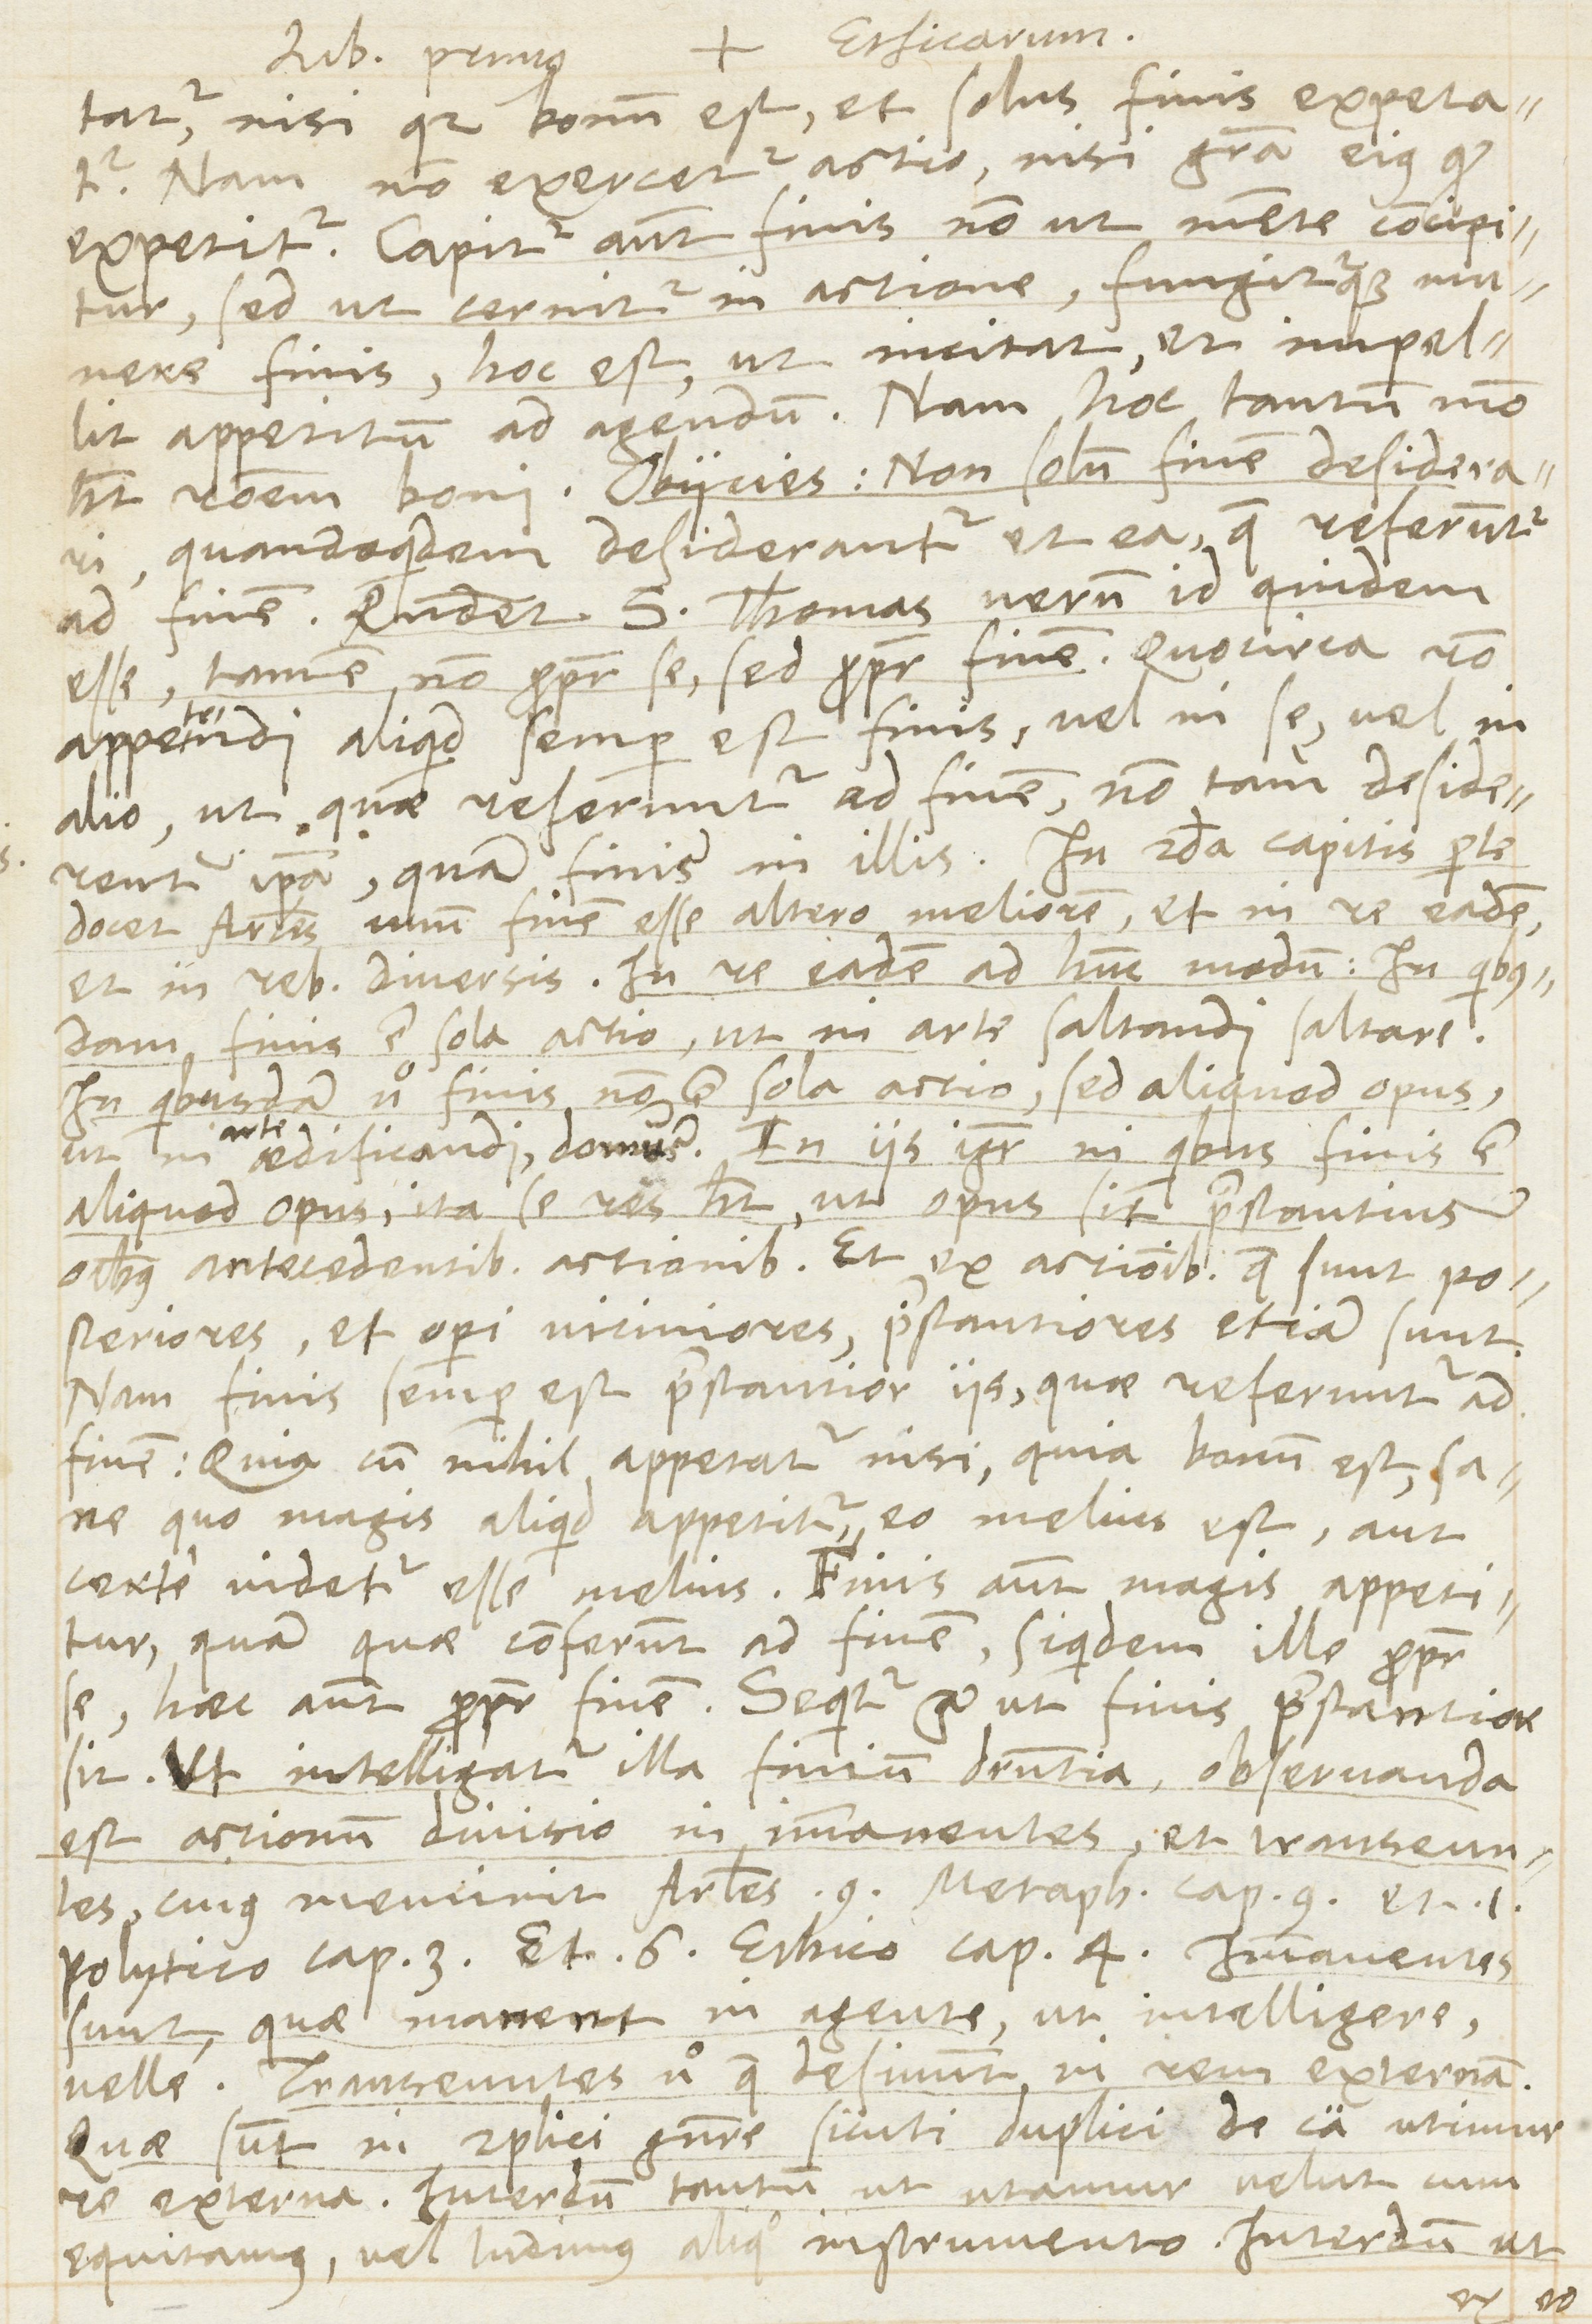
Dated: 1566–1566